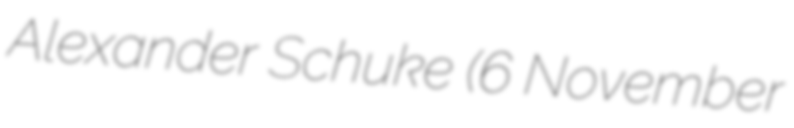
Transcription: Alexander Schuke (6 November